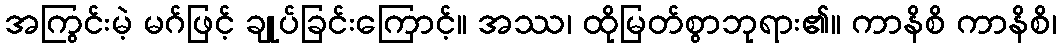
အကြွင်းမဲ့ မဂ်ဖြင့် ချုပ်ခြင်းကြောင့်။ အဿ၊ ထိုမြတ်စွာဘုရား၏။ ကာနိစိ ကာနိစိ၊